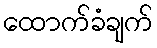
ထောက်ခံချက်